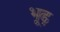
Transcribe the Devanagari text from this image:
भूढ़